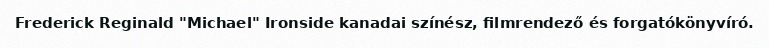
Frederick Reginald "Michael" Ironside kanadai színész, filmrendező és forgatókönyvíró.